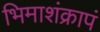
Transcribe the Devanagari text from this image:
भिमाशंक्रापं